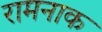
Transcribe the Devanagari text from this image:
रामनाक